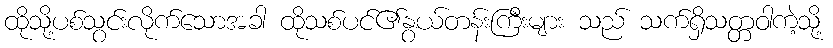
ထိုသို့ပစ်သွင်းလိုက်သောအခါ ထိုသစ်ပင်၏နွယ်တန်းကြီးများ သည် သက်ရှိသတ္တဝါကဲ့သို့